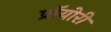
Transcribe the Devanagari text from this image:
प्रॉयोरी